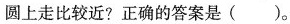
圆上走比较近?正确的答案是()